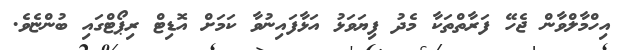
އިހްމާލްވާން ޖެހޭ ފަރާތްތަކާ މެދު ފިޔަވަޅު އަޅާފައިނުވާ ކަމަށް އޮޑިޓް ރިޕޯޓްގައި ބުންޏެވެ.